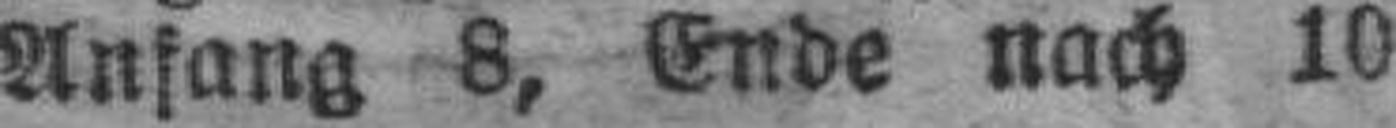
Anfang 8, Ende nach 10.